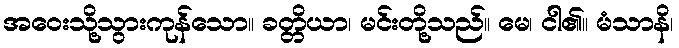
အဝေးသို့သွားကုန်သော။ ခတ္တိယာ၊ မင်းတို့သည်။ မေ၊ ငါ၏။ မံသာနိ၊